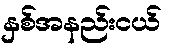
နှစ်အနည်းငယ်